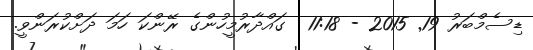
ޑިސެމްބަރު 19